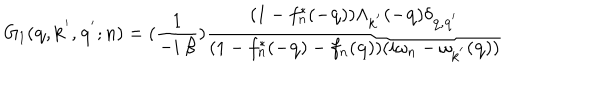
G _ { 1 } ( { \bf { q } } , { \bf { k } } ^ { ' } , { \bf { q } } ^ { ' } ; n ) = ( \frac { 1 } { - i \mathrm { ~ } \beta } ) \frac { ( 1 - f _ { n } ^ { * } ( - { \bf { q } } ) ) \Lambda _ { { \bf { k } } ^ { ' } } ( - { \bf { q } } ) \delta _ { { \bf { q } } , { \bf { q } } ^ { ' } } } { ( 1 - f _ { n } ^ { * } ( - { \bf { q } } ) - f _ { n } ( { \bf { q } } ) ) ( i \omega _ { n } - \omega _ { { \bf { k } } ^ { ' } } ( { \bf { q } } ) ) }